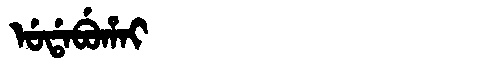
Manchu: ᡠᡩᠠᠪᡠᡥᠠᡳ
Romanization: UDABUHAI